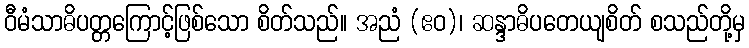
ဝီမံသာဓိပတ္တကြောင့်ဖြစ်သော စိတ်သည်။ အညံ (ဧဝ)၊ ဆန္ဒာဓိပတေယျစိတ် စသည်တို့မှ